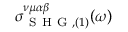
\sigma _ { \mathrm { ~ S ~ H ~ G ~ } , ( 1 ) } ^ { \nu \mu \alpha \beta } ( \omega )